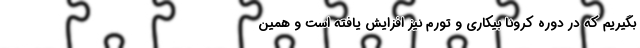
بگیریم که در دوره کرونا بیکاری و تورم نیز افزایش یافته است و همین